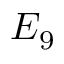
E _ { 9 }